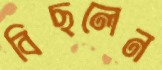
বিছলেন